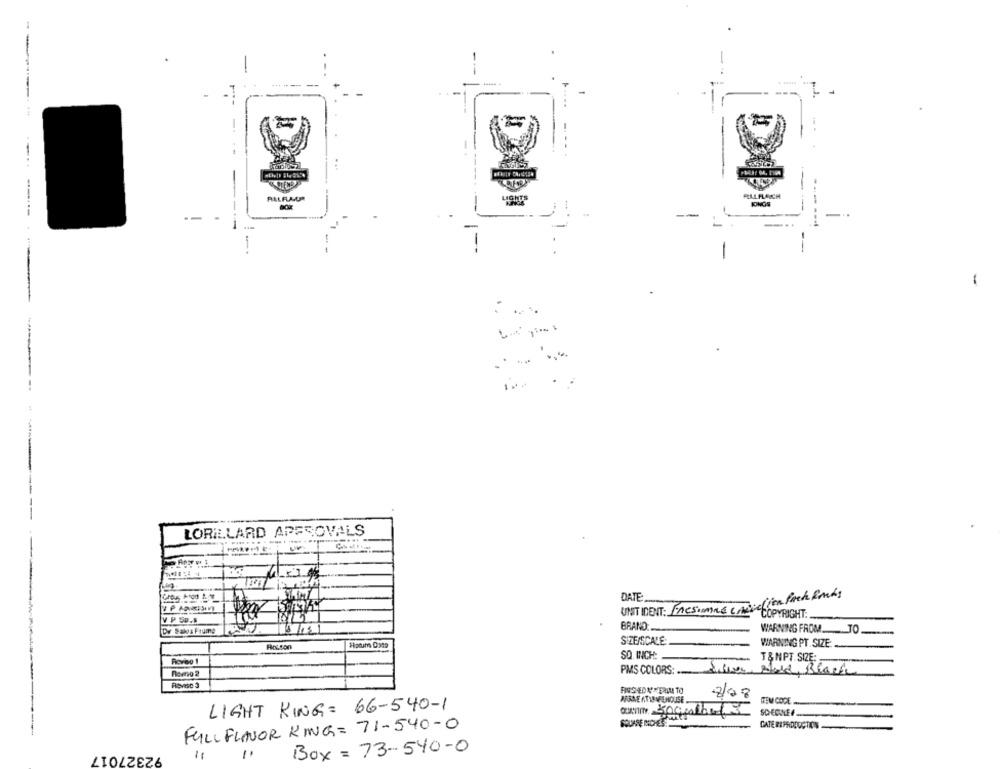
RALFLAUR
FELLFLAICH
IONOS
--
-..
...
--
I --
------ --
-
LORILLARD APPROVALS
UNIT IDENT: Fresimme ( muselien fach fonds
DATE
COPYRIGHT:
V P SP.5
Dy Salos Frume
BRAND ...
WARNING FROM TO.
SIZE/SCALE:
WARNING PT. SIZE:
Ricvoo 1
SQ. INCH:
T&NPT.SIZE:
PMS COLORS: ....
Romo 2
ARANE ATIRAREHOUSE ...
8/08
LIGHT KING: 66-540-1
TEM CODE
SQUARE DOOHE'S
FULL FLAVOR KING= 71-540-0
-
92327017
Box = 73-540-0